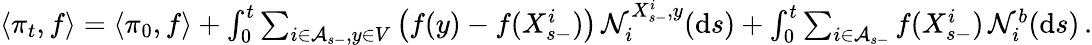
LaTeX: \begin{array}{r}{\langle\pi_{t},f\rangle=\langle\pi_{0},f\rangle+\int_{0}^{t}\sum_{i\in\mathcal A_{s-},y\in V}\big(f(y)-f(X_{s-}^{i})\big)\, \mathcal N_{i}^{X_{s-}^{i},y}(\mathrm{d}s)+\int_{0}^{t}\sum_{i\in\mathcal A_{s-}}f(X_{s-}^{i})\, \mathcal N_{i}^{b}(\mathrm{d}s)\, .}\end{array}